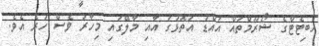
ހެބިޓެޓްގެ ޝޯރޫމްތައް އައްޑު އަތޮޅުގަ އާއި މާލޭގައި މިހާރު ވެސް ހުރެ އެވެ.